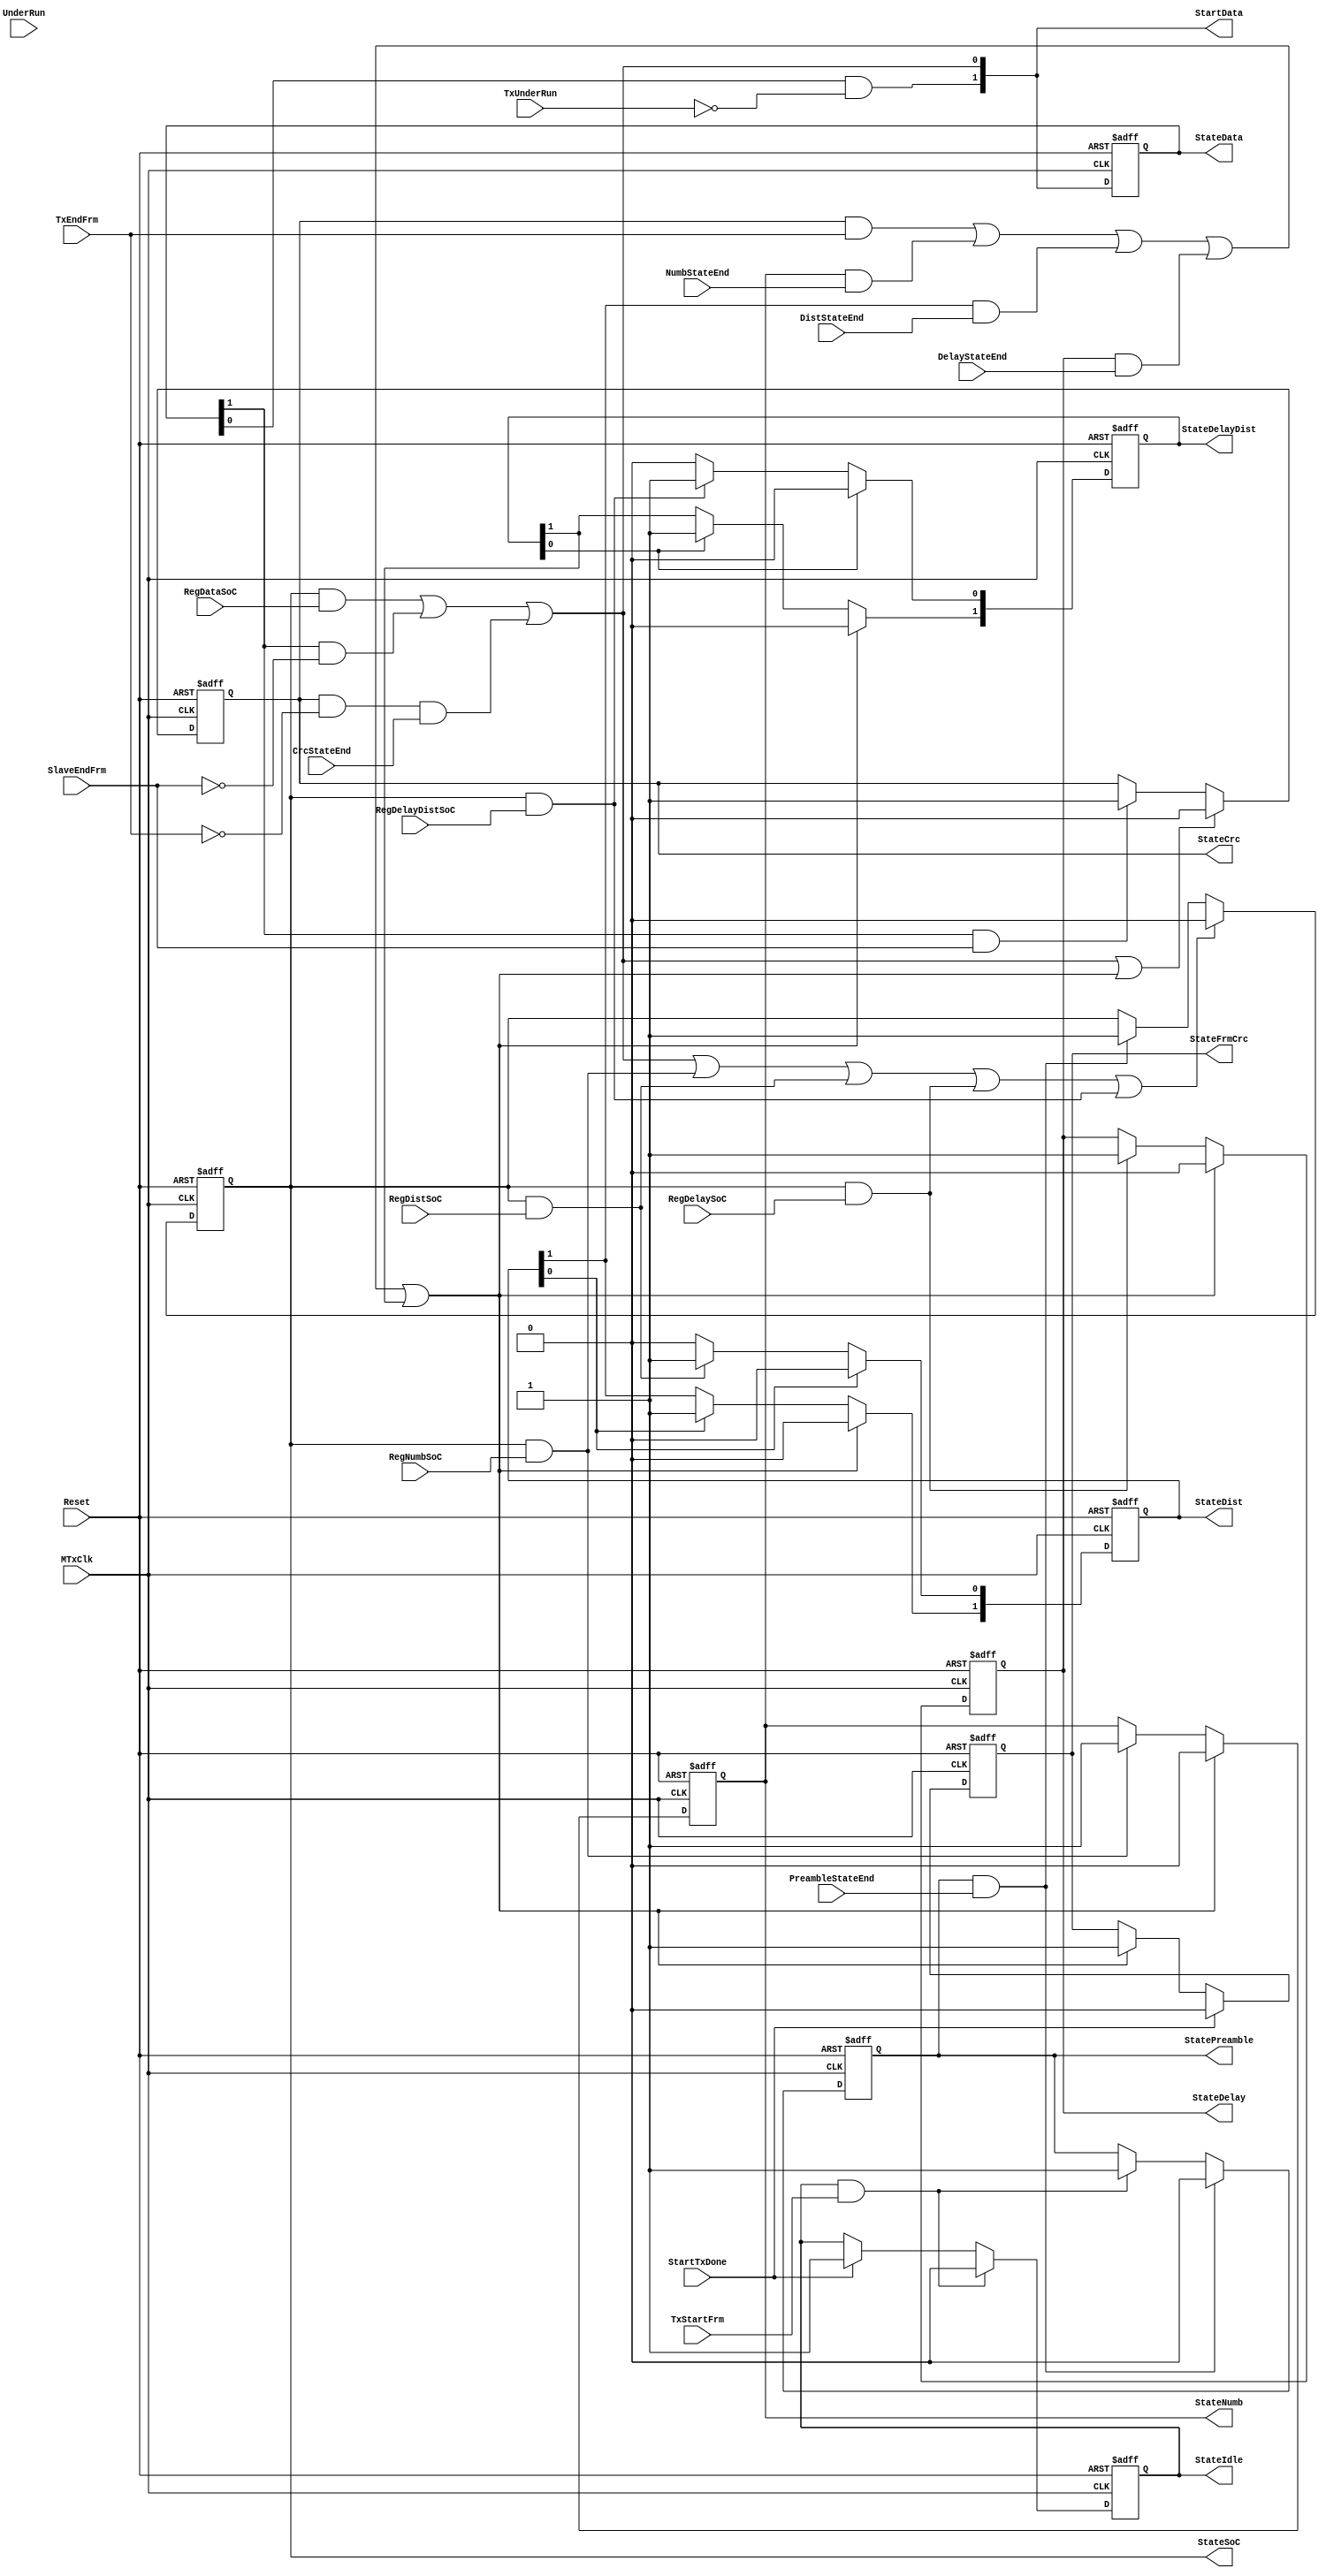
module fb_txstatem  (MTxClk, Reset, 
                     TxStartFrm, NumbStateEnd, DistStateEnd, DelayStateEnd, SlaveEndFrm, TxEndFrm, 
                      RegNumbSoC, RegDataSoC, RegDistSoC, RegDelaySoC, RegDelayDistSoC,
                      
                      TxUnderRun, UnderRun, StartTxDone, CrcStateEnd, PreambleStateEnd,
                      
                      StateIdle, StatePreamble, StateSoC, StateNumb, StateDist, 
                      StateDelay, StateDelayDist, StateData, StateCrc, StateFrmCrc,
                      
                      StartData
                     );

input MTxClk;
input Reset;


input        TxStartFrm;
input        NumbStateEnd;
input        DistStateEnd;
input        DelayStateEnd;
input        SlaveEndFrm;
input        TxEndFrm;
input        RegNumbSoC;
input        RegDataSoC;
input        RegDistSoC;
input        RegDelaySoC;
input        RegDelayDistSoC;
input        TxUnderRun;
input        UnderRun;
input        StartTxDone; 
input        CrcStateEnd;
input        PreambleStateEnd;

output       StateIdle;         // Idle state
output       StatePreamble;     // Preamble state
output       StateSoC;          // SoC state
output       StateNumb;         // Numbering state
output [1:0] StateDist;         // Distribute state
output       StateDelay;        // Delay state
output [1:0] StateDelayDist;    // Delay Distribute state
output [1:0] StateData;         // Data state
output       StateCrc;          // Crc state
output       StateFrmCrc;       // Frame Crc state

output [1:0] StartData;         // Data state will be activated in next clock


reg          StateIdle;
reg          StatePreamble;
reg          StateSoC;
reg          StateNumb;
reg    [1:0] StateDist;
reg          StateDelay;
reg    [1:0] StateDelayDist;
reg    [1:0] StateData;
reg          StateCrc;
reg          StateFrmCrc;

wire         StartIdle;          // Idle state will be activated in next clock
wire         StartPreamble;     // Preamble state will be activated in next clock
wire         StartSoC;          // SoC state will be activated in next clock
wire         StartNumb;
wire [1:0]   StartDist;
wire         StartDelay;
wire [1:0]   StartDelayDist;
wire [1:0]   StartData;
wire         StartCrc;          // Crc state will be activated in next clock
wire         StartFrmCrc;       // Frm Crc state will be activated in next clock


// Defining the next state

assign StartIdle = StartTxDone;

assign StartPreamble = StateIdle & TxStartFrm;

assign StartSoC = StatePreamble & PreambleStateEnd;

assign StartNumb = StateSoC & RegNumbSoC;

assign StartDist[0] = StateSoC & RegDistSoC;

assign StartDist[1] = StateDist[0];

assign StartDelay = StateSoC & RegDelaySoC;

assign StartDelayDist[0] = StateSoC & RegDelayDistSoC;

assign StartDelayDist[1] = StateDelayDist[0];

assign StartData[0] = ( StateSoC & RegDataSoC ) | ( StateData[1] & ~SlaveEndFrm ) | ( StateCrc & ~TxEndFrm & CrcStateEnd);

assign StartData[1] =  StateData[0] & ~TxUnderRun ;

assign StartCrc =  StateData[1] & SlaveEndFrm ;

assign StartFrmCrc = StateCrc & TxEndFrm  | StateNumb & NumbStateEnd | StateDist[1] & DistStateEnd | StateDelay & DelayStateEnd | StateDelayDist[1];

// Tx State Machine
always @ (posedge MTxClk or posedge Reset)
begin
  if(Reset)
    begin
      StateIdle            <=  1'b1;
      StatePreamble        <=  1'b0;
      StateSoC             <=  1'b0;
      StateNumb            <=  1'b0;
      StateDist[1:0]       <=  2'b0;
      StateDelay           <=  1'b0;
      StateDelayDist[1:0]  <=  2'b0;
      StateData[1:0]       <=  2'b0;
      StateCrc             <=  1'b0;
      StateFrmCrc          <=  1'b0;
    end
  else
    begin
      StateData[1:0] <=  StartData[1:0];
     
      if(StartPreamble)
        StateIdle <=  1'b0;
      else
      if(StartIdle)
        StateIdle <=  1'b1;
   
     if(StartSoC)
        StatePreamble <=  1'b0;
      else
      if(StartPreamble)
        StatePreamble <=  1'b1;
      
     if(StartData[0] | StartNumb | StartDist[0] | StartDelay | StartDelayDist[0])
        StateSoC  <=  1'b0;
      else
      if(StartSoC)
        StateSoC  <=  1'b1;
      
      if(StartFrmCrc)
        StateNumb <=  1'b0;
      else
      if(StartNumb)
        StateNumb <=  1'b1;
        
      if(StartFrmCrc)
        StateDelay <=  1'b0;
      else
      if(StartDelay)
        StateDelay <=  1'b1;
        
     if(StartDist[1])
        StateDist[0] <=  1'b0;
      else
      if(StartDist[0])
        StateDist[0] <=  1'b1;
      
     if(StartFrmCrc)
        StateDist[1] <=  1'b0;
      else
      if(StartDist[1])
        StateDist[1] <=  1'b1;
        
     if(StartDelayDist[1])
        StateDelayDist[0] <=  1'b0;
      else
      if(StartDelayDist[0])
        StateDelayDist[0] <=  1'b1;
      
     if(StartFrmCrc)
        StateDelayDist[1] <=  1'b0;
      else
      if(StartDelayDist[1])
        StateDelayDist[1] <=  1'b1;
        
      if(StartData[0] | StartFrmCrc)
        StateCrc <=  1'b0;
      else
      if(StartCrc)
        StateCrc <=  1'b1;
        
      if(StartIdle)
        StateFrmCrc <=  1'b0;
      else
      if(StartFrmCrc)
        StateFrmCrc <=  1'b1;

    end
end

endmodule